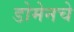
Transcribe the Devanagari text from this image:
डोमेनचे